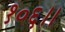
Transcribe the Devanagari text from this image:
१०६।।